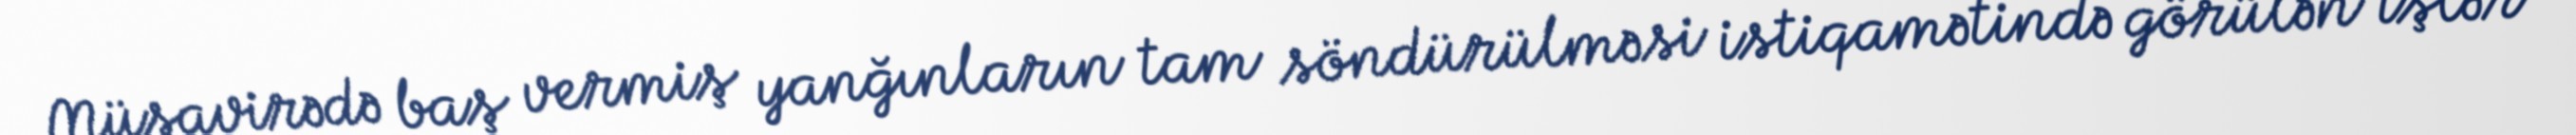
Müşavirədə baş vermiş yanğınların tam söndürülməsi istiqamətində görülən işlər